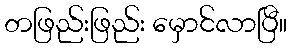
တဖြည်းဖြည်း မှောင်လာပြီ။